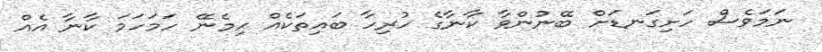
ނަމަވެސް ހަށިގަނޑަށް ބޭނުންވާ ކާނާގެ ހުރިހާ ބައިތަކެއް ހިމެނޭ ހަމަހަމަ ކާނާ އެއް